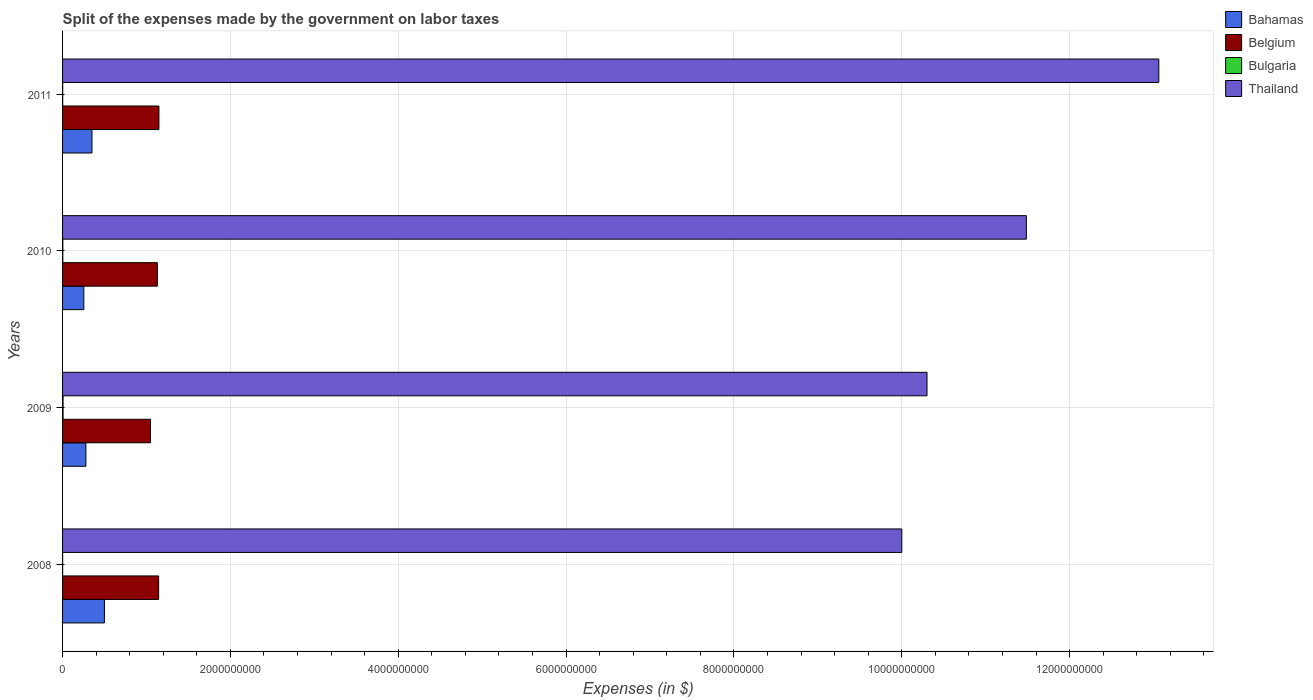
| Years | Bahamas | Belgium | Bulgaria | Thailand |
 | --- | --- | --- | --- | --- |
 | 2008 | 4.99e+08 | 1.14e+09 | 6.49e+05 | 1e+10 |
 | 2009 | 2.78e+08 | 1.05e+09 | 5.89e+06 | 1.03e+10 |
 | 2010 | 2.53e+08 | 1.13e+09 | 2.94e+06 | 1.15e+10 |
 | 2011 | 3.5e+08 | 1.15e+09 | 1.7e+06 | 1.31e+10 |